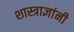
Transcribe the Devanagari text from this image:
शास्त्राज्ञांनी